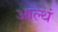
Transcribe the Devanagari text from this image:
आल्थं